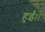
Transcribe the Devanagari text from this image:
हुईं।।